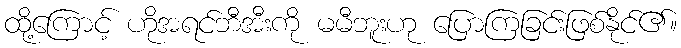
ထို့ကြောင့် ဟိုအရင်ဘီအီးကို မမီဘူးဟု ပြောကြခြင်းဖြစ်နိုင်၏။